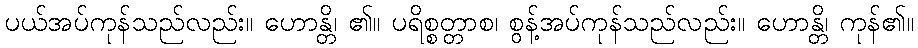
ပယ်အပ်ကုန်သည်လည်း။ ဟောန္တိ၊ ၏။ ပရိစ္စတ္တာစ၊ စွန့်အပ်ကုန်သည်လည်း။ ဟောန္တိ၊ ကုန်၏။